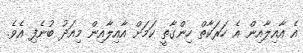
އެ އާއިލާއިން އެ ހަރަކާތް ހިންގާތީ ކަމަށް އާއިލާއިން މިއަދު ބުނެފި އެވެ.